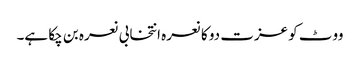
ووٹ کو عزت دو کا نعرہ انتخابی نعرہ بن چکا ہے۔